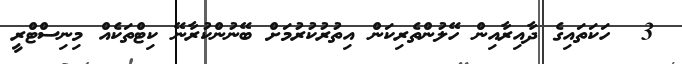
3  ހަކަތައިގެ ދާއިރާއިން ހޭލުންތެރިކަން އިތުރުކުރުމަށް ބޭނުންކުރާނޭ ކިޓްތަކެއް މިނިސްޓްރީ